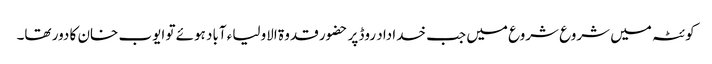
کوئٹہ میں شروع شروع میں جب خدا داد روڈ پر حضور قدوۃ الاولیاء آباد ہوئے تو ایوب خان کا دور تھا۔